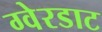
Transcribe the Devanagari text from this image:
ग्वेरडाट